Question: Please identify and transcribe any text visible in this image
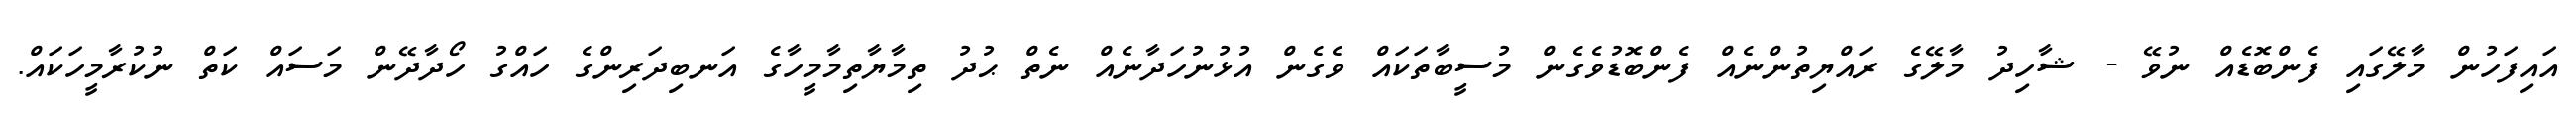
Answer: އައިފަހުން މާލޭގައި ފެންބޮޑެއް ނުވޭ - ޝާހިދު މާލޭގެ ރައްޔިތުންނެއް ފެންބޮޑުވެގެން މުސީބާތަކައް ވެގެން އުޅުނުހަދާނެއް ނެތް ޙުދު ތިމާޔާތިމާމީހާގެ އަނބިދަރިންގެ ހައްގު ހޯދާދޭން މަސައް ކަތް ނުކުރާމީހަކައް.